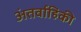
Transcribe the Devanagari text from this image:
अंतर्वाहिकी